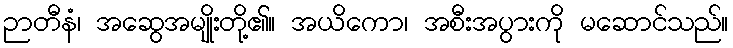
ဉာတီနံ၊ အဆွေအမျိုးတို့၏။ အယိကော၊ အစီးအပွားကို မဆောင်သည်။